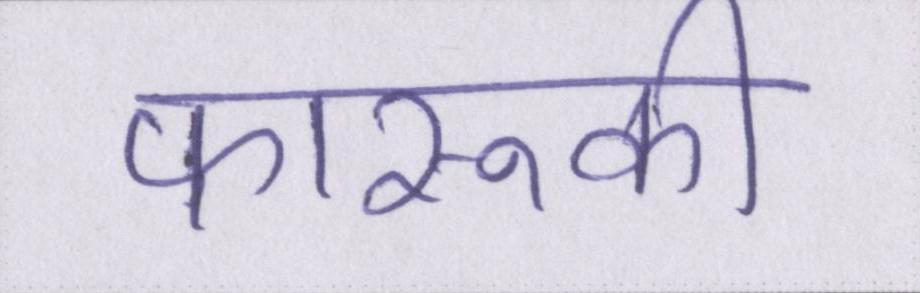
फारूकी